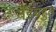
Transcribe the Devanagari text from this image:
बैंडबहुत